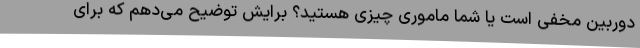
دوربین مخفی است یا شما ماموری چیزی هستید؟ برایش توضیح می‌دهم که برای